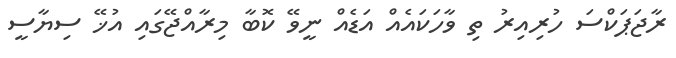
ރާޖަޕަކްސަ ހުރިއިރު ތި ވާހަކައެއް އަޑެއް ނީވޭ ކޮބާ މިރާއްޖޭގައި އުޚޭ ސިޔާސީ